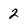
Character: 2